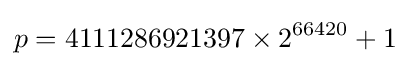
p=4111286921397\times 2^{66420}+1